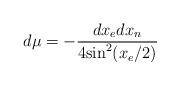
LaTeX: \begin{align*}d\mu=-\frac{dx_{e}dx_{n}}{4\mbox{sin}^{2}(x_{e}/2)}\end{align*}